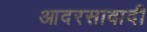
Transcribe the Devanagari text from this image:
आदरसावादी